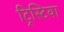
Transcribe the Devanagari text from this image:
ट्रिस्टिया